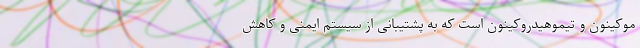
موکینون و تیموهیدروکینون است که به پشتیبانی از سیستم ایمنی و کاهش